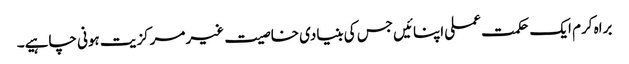
براہ کرم ایک حکمت عملی اپنائیں جس کی بنیادی خاصیت غیر مرکزیت ہونی چاہیے۔